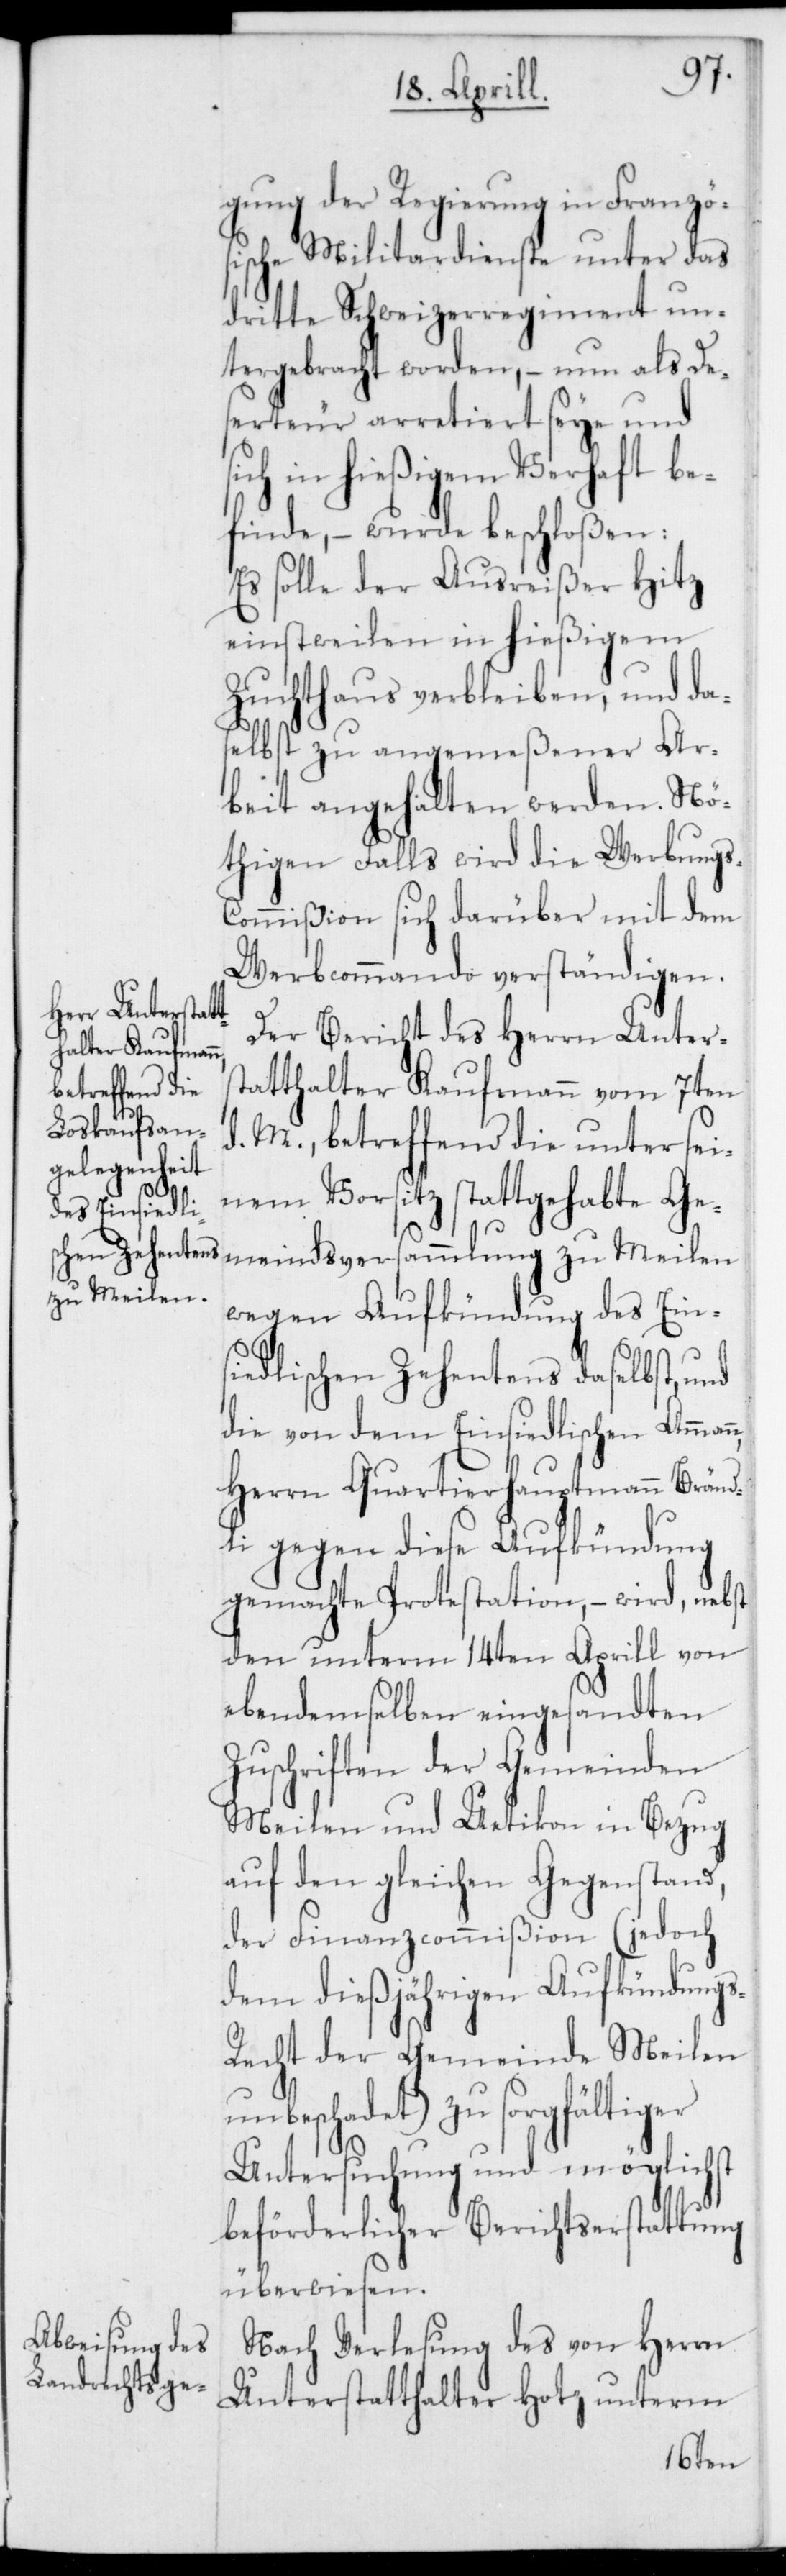
s-R¬

gung der Regierung in Französ¬
ische Militairdienste unter das
dritte Schweizerregiment un¬
tergebracht worden, – nun als De¬
serteur arretiert seye und
ich in hießigem Verhaft be¬
finde, – wurde beschloßen:
Es solle der Ausreißer Hitz
einstweilen in hießigem
Zuchthaus verbleiben, und da¬
selbst zu angemeßener Ar¬
beit angehalten werden. Nö¬
thigen Falls wird die Werbung¬
ommißion sich darüber mit dem
Werbcommando verständigen.
Der Bericht des Herrn Unters¬
tatthalter Kaufmann vom 7ten
d. M., betreffend die unter sei¬
nem Vorsitz stattgehabte Ge¬
meindsversammlung zu Meilen
wegen Aufkündung des Ein¬
siedlischen Zehents daselbst, und
die von dem Einsiedlischen Amman¬
Herrn Quartierhauptmann Bränd¬
li gegen diese Aufkündung
gemachte Protestation, – wird nebst
den unterm 14ten Aprill von
ebendemselben eingesandten
Zuschriften der Gemeinden
Meilen und Uetikon in Bezug
auf den gleichen Gegenstand,
der Finanzcommißion (jedoch
dem dießjährigen Aufkündung¬
echt der Gemeinde Meilen
unbeschadet) zu sorgfältiger
Untersuchung und möglichst
beförderlicher Berichtserstattung
überwiesen.
Nach Verlesung des von Herrn
Unterstatthalter Hotz unterm